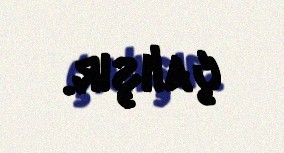
çalışır.